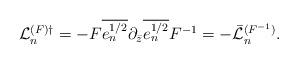
LaTeX: \begin{align*}{\cal L}_n^{(F)\dagger}=-F\overline{e^{1/2}_n}\partial_{\bar z}\overline {e^{1/2}_n}F^{-1} =-\bar{\cal L}_n^{(F^{-1})}. \end{align*}